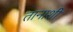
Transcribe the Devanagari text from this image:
तानाशी